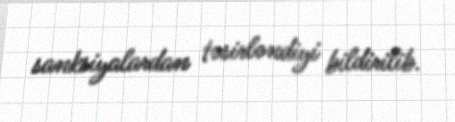
sanksiyalardan təsirləndiyi bildirilib.